Indian journal of veterinary science and animal husbandry - Volume 3,
Year: 1933
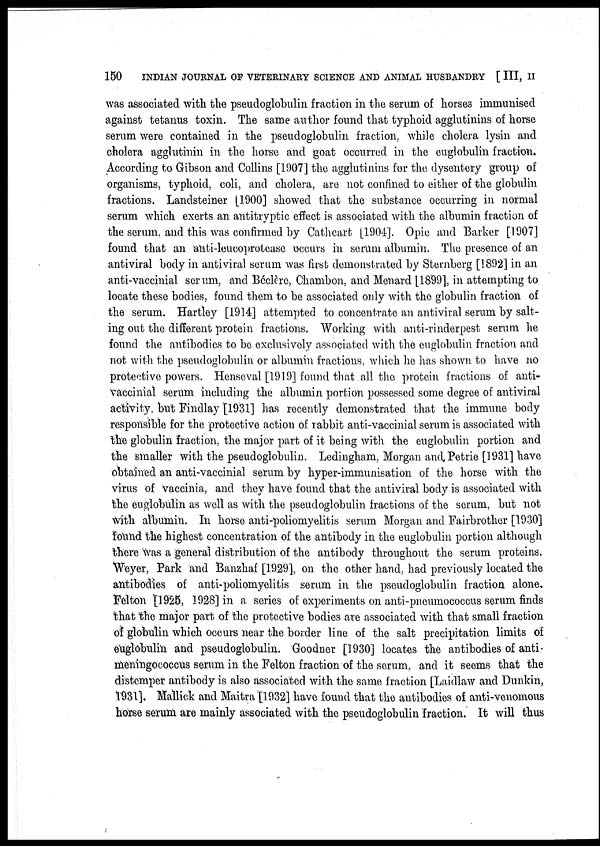
150
INDIAN JOURNAL OF VETERINARY SCIENCE AND ANIMAL HUSBANDRY [ III, II
was associated with the pseudoglobulin fraction in the serum of horses immunised
against tetanus toxin. The same author found that typhoid agglutinins of horse
serum were contained in the pseudoglobulin fraction, while cholera lysin and
cholera agglutinin in the horse and goat occurred in the euglobulin fraction.
According to Gibson and Collins [1907] the agglutinins for the dysentery group of
organisms, typhoid, coli, and cholera, are not confined to either of the globulin
fractions. Landsteiner [1900] showed that the substance occurring in normal
serum which exerts an antitryptic effect is associated with the albumin fraction of
the serum, and this was confirmed by Cathcart [1904]. Opie and Barker [1907]
found that an anti-leucoprotcase occurs in serum albumin. The presence of an
antiviral body in antiviral serum was first demonstrated by Sternberg [1892] in an
anti-vaccinial serum, and Béclère, Chambon, and Menard [1899], in attempting to
locate these bodies, found them to be associated only with the globulin fraction of
the serum. Hartley [1914] attempted to concentrate an antiviral serum by salt-
ing out the different protein fractions. Working with anti-rinderpest serum he
found the antibodies to be exclusively associated with the euglobulin fraction and
not with the pseudoglobulin or albumin fractions, which he has shown to have no
protective powers. Henseval [1919] found that all the protein fractions of anti¬
vaccinial serum including the albumin portion possessed some degree of antiviral
activity, but Findlay [1931] has recently demonstrated that the immune body
responsible for the protective action of rabbit anti-vaccinial serum is associated with
the globulin fraction, the major part of it being with the euglobulin portion and
the smaller with the pseudoglobulin. Ledingham, Morgan and Petrie [1931] have
obtained an anti-vaccinial serum by hyper-immunisation of the horse with the
virus of vaccinia, and they have found that the antiviral body is associated with
the euglobulin as well as with the pseudoglobulin fractions of the serum, but not
with albumin. In horse anti-poliomyelitis serum Morgan and Fairbrother [1930]
found the highest concentration of the antibody in the euglobulin portion although
there was a general distribution of the antibody throughout the serum proteins.
Weyer, Park and Banzhaf [1929], on the other hand, had previously located the
antibodies of anti-poliomyelitis serum in the pseudoglobulin fraction alone.
Felton [1925, 1928] in a series of experiments on anti-pneumococcus serum finds
that the major part of the protective bodies are associated with that small fraction
of globulin which occurs near the border line of the salt precipitation limits of
euglobulin and pseudoglobulin. Goodner [1930] locates the antibodies of anti
meningococcus serum in the Felton fraction of the serum, and it seems that the
distemper antibody is also associated with the same fraction [Laidlaw and Dunkin,
1931]. Mallick and Maitra [1932] have found that the antibodies of anti-venomous
horse serum are mainly associated with the pseudoglobulin fraction. It will thus